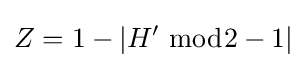
Z=1-|H^{\prime }\;{\bmod {2}}-1|